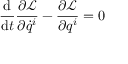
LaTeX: { \frac { \mathrm { d } } { \mathrm { d } t } } { \frac { \partial { \mathcal { L } } } { \partial { \dot { q } } ^ { i } } } - { \frac { \partial { \mathcal { L } } } { \partial q ^ { i } } } = 0